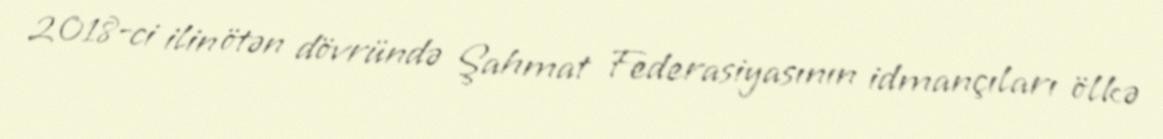
2018-ci ilin ötən dövründə Şahmat Federasiyasının idmançıları ölkə